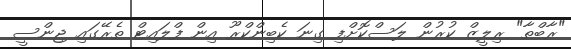
"ރާބްތާ" ރިލީޒް ކުރުން ލަސްކޮށްފި ގިނަ ކެބިންކްރޫ އިން ފްލައިޓް ތެރޭގައި ޖިންސީ